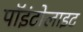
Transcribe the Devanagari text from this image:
पॉइंटोलाइट